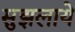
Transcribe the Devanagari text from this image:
सुझलाये